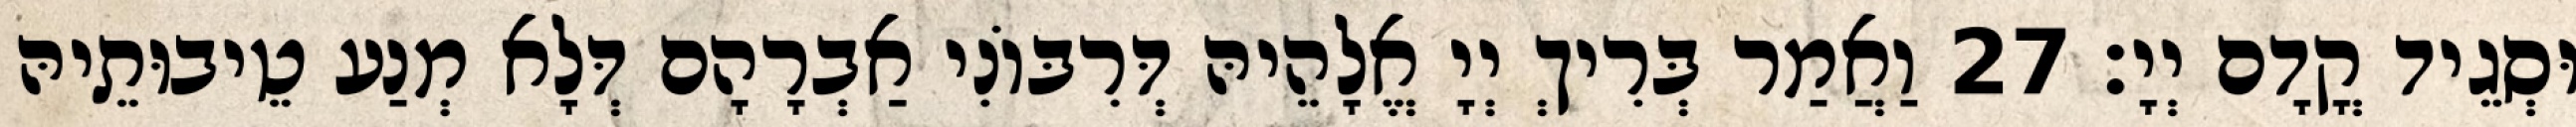
וּסְגֵיד קֳדָם יְיָ׃ 27 וַאֲמַר בְּרִיךְ יְיָ אֱלָהֵיהּ דְּרִבּוֹנִי אַבְרָהָם דְּלָא מְנַע טֵיבוּתֵיהּ